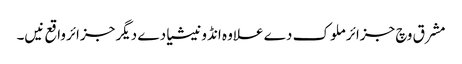
مشرق وچ جزائر ملوک دے علاوہ انڈونیشیا دے دیگر جزائرواقع نیں۔